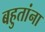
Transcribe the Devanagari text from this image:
बहुतांना